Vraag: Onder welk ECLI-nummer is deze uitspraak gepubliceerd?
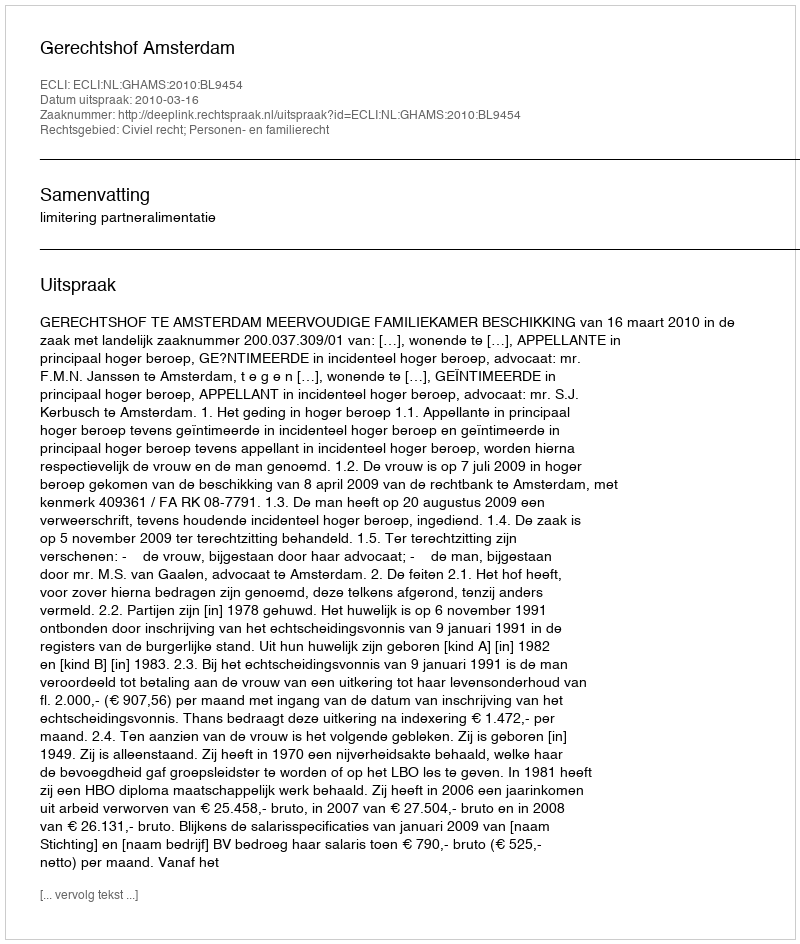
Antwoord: ECLI:NL:GHAMS:2010:BL9454